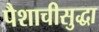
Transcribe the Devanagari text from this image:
पैशाचीसुद्धा